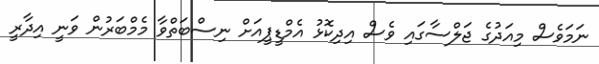
ނަމަވެސް މިއަދުގެ ޖަލްސާގައި ވެސް އިދިކޮޅު އެމްޑީޕީއަށް ނިސްބަތްވާ މެމްބަރުން ވަނީ އިދާރީ